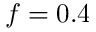
f = 0 . 4